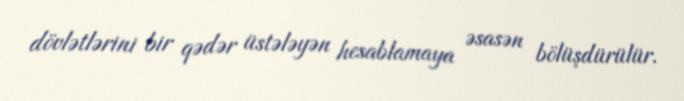
dövlətlərini bir qədər üstələyən hesablamaya əsasən bölüşdürülür.